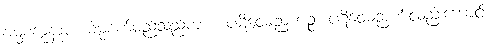
ဓမ္မစက္ကနာမ၊ ဓမ္မစက်မည်သည်ကား။ ပဋိဝေဓဉာဏဉ္စ၊ ပဋိဝေဓဉာဏ်လည်းကောင်း။